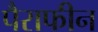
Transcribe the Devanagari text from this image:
पैराफीन